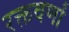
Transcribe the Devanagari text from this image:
रक्तवर्णां